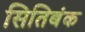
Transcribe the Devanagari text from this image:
सितिबंक